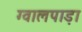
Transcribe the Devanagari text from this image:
ग्वालपाड़ा